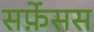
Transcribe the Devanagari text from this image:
सर्फ़ेसस